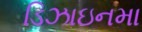
ડિઝાઇનમા